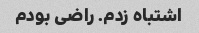
اشتباه زدم. راضی بودم